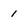
Character: 1